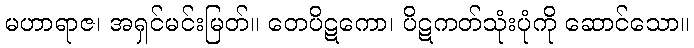
မဟာရာဇ၊ အရှင်မင်းမြတ်။ တေပိဋကော၊ ပိဋကတ်သုံးပုံကို ဆောင်သော။